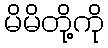
မိမိတို့ကို